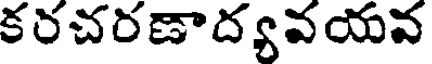
కరచరణాద్యవయవ